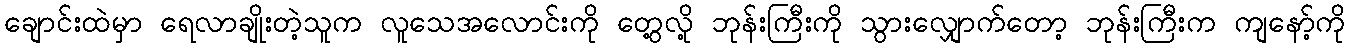
ချောင်းထဲမှာ ရေလာချိုးတဲ့သူက လူသေအလောင်းကို တွေ့လို့ ဘုန်းကြီးကို သွားလျှောက်တော့ ဘုန်းကြီးက ကျနော့်ကို